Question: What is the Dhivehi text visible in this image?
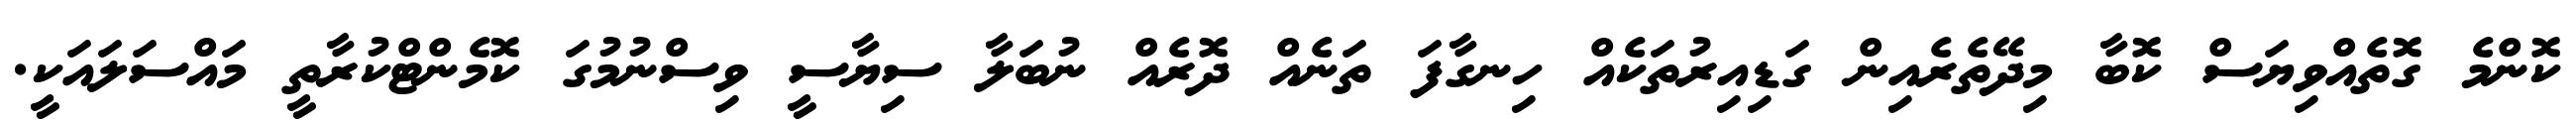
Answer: ކޮންމެ ގޮތެއްވިޔަސް ކޮބާ މިދޭތެރެއިން ގަޑިއިރުތަކެއް ހިނގާފަ ތަނެއް ދޮރެއް ނުބަލާ ސިޔާސީ ވިސްނުމުގަ ކޮމެންޓްކުރާތީ މައްސަލައަކީ.